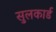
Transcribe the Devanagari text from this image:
सुलकार्ड